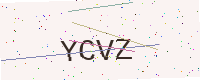
Text: YCVZ